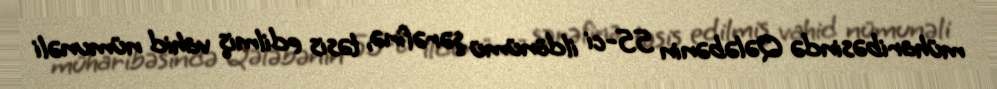
müharibəsində Qələbənin 55-ci ildönümü şərəfinə, təsis edilmiş vahid nümunəli